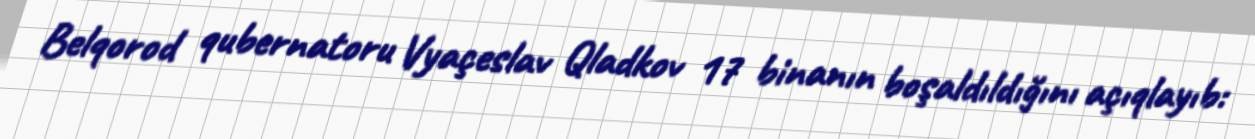
Belqorod qubernatoru Vyaçeslav Qladkov 17 binanın boşaldıldığını açıqlayıb: